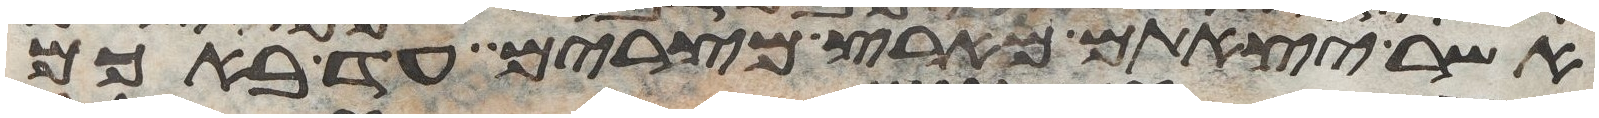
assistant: אשר יצאתם מארץ מצרים עד באכם